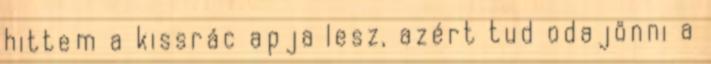
hittem a kissrác apja lesz, azért tud odajönni a